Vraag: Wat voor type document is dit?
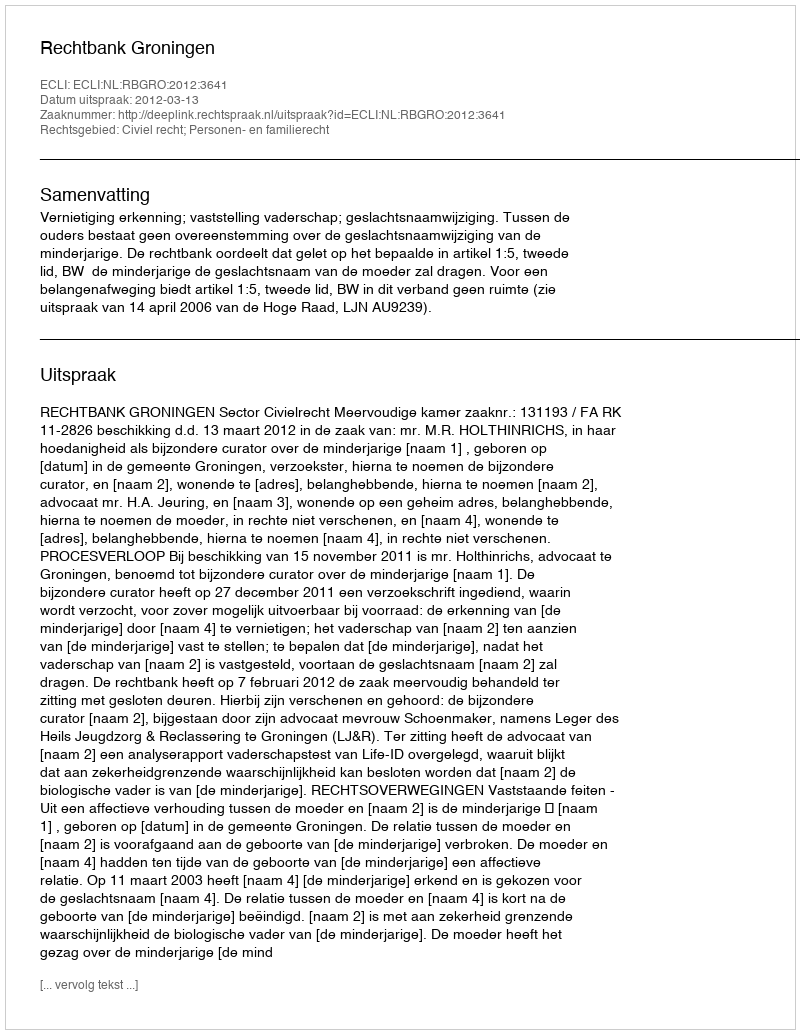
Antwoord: Uitspraak